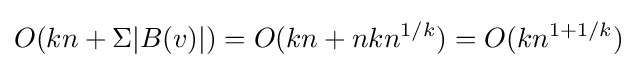
O(kn+\Sigma |B(v)|)=O(kn+nkn^{1/k})=O(kn^{1+1/k})